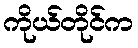
ကိုယ်တိုင်က